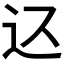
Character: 𲅋